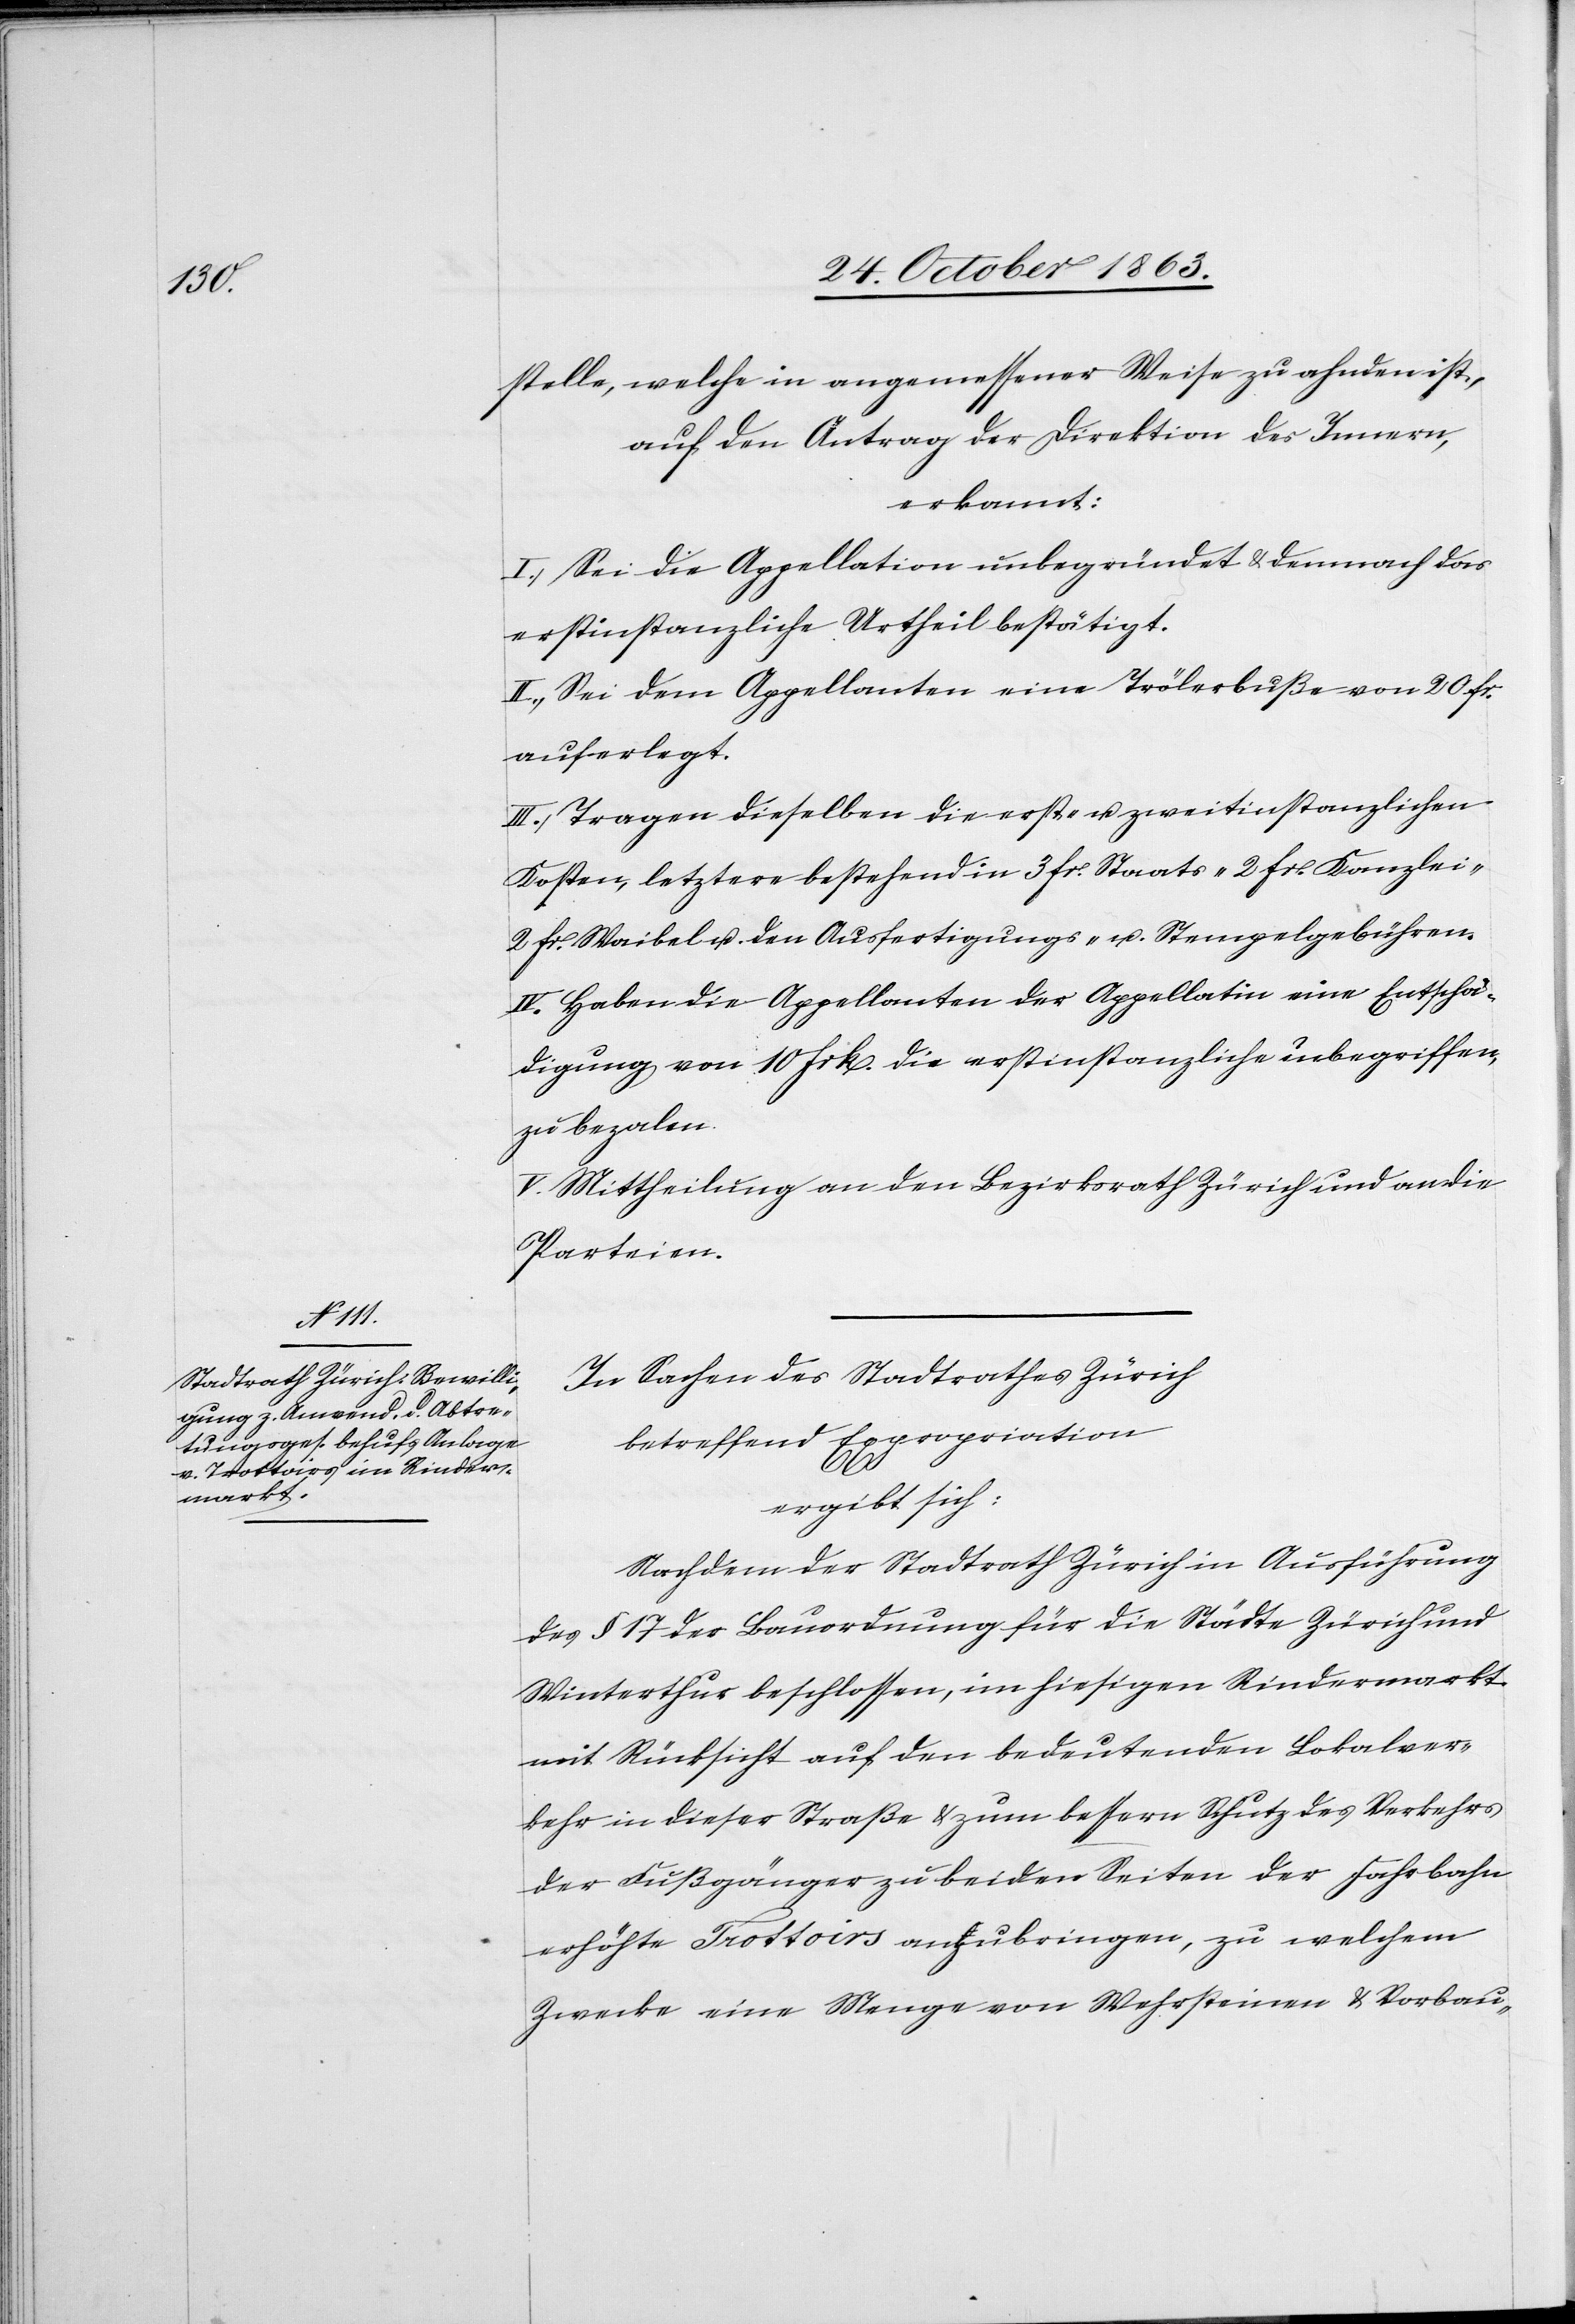
stelle, welche in angemessener Weise zu ahnden ist,
auf den Antrag der Direktion des Innern,
erkannt:
I.) Sei die Appellation unbegründet & demnach das
erstinstanzliche Urtheil bestätigt.
II.) Sei dem Appellanten eine Trölerbuße von 20 fr.
auferlegt.
III.) Tragen dieselben die erst- u. zweitinstanzlichen
Kosten, letztere bestehend in 3 fr. Staats-[,] 2 fr. Kanzlei-[,]
2 fr. Waibel[-] u. den Ausfertigungs- u. Stempelgebühren.
IV.) Haben die Appellanten der Appellatin eine Entschä¬
digung von 10 frk. die erstinstanzliche inbegriffen,
zu bezahlen.
V.) Mittheilung an den Bezirksrath Zürich und an die
Parteien.
In Sachen des Stadtrathes Zürich
betreffend Expropriation
ergibt sich:
Nachdem der Stadtrath Zürich in Ausführung
des § 17 der Bauordnung für die Städte Zürich und
Winterthur beschlossen, im hiesigen Rindermarkt
mit Rücksicht auf den bedeutenden Lokalver¬
kehr in dieser Straße & zum bessern Schutz des Verkehrs
der Fußgänger zu beiden Seiten der Fahrbahn
erhöhte Trottoirs anzubringen, zu welchem
Zwecke eine Menge von Mehrsteinen & Vorbau-